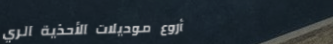
أروع موديلات الأحذية الري